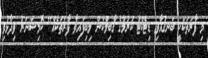
މި ފާރަތަކަކީ ބަނގުއާވި ޑިޓެކްޓު ކުރުމުގެ ގާބިލްކަން ލިބިފައިވާ ފާރަތަކެއް" ކޮމިޝަނަރު ވިދާޅުވި